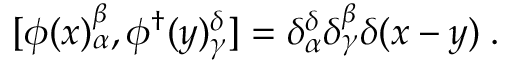
[ \phi ( x ) _ { \alpha } ^ { \beta } , \phi ^ { \dagger } ( y ) _ { \gamma } ^ { \delta } ] = \delta _ { \alpha } ^ { \delta } \delta _ { \gamma } ^ { \beta } \delta ( x - y ) \; .